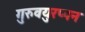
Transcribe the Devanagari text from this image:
गुरुवयुरप्पन